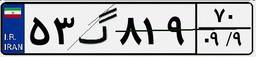
۳۲گ۲۸۴۳۶